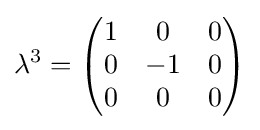
\lambda ^{3}={\begin{pmatrix}1&0&0\\0&-1&0\\0&0&0\end{pmatrix}}